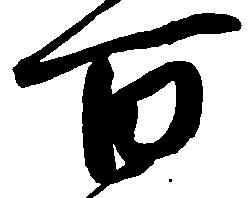
百